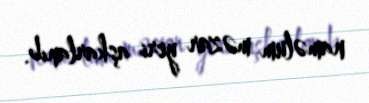
naməlum məzar yeri aşkarlanıb.